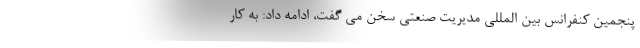
پنجمین کنفرانس بین المللی مدیریت صنعتی سخن می گفت، ادامه داد: به کار